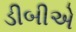
ડીબીએ